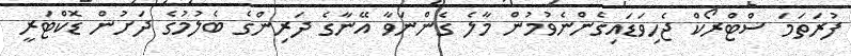
ފުރަތަމަ ސްޓްރޯކް ޖެހިވަޑައިގެންނެވުމުން މާލެ ގެންނަވާ އޭނާގެ ދަރިންގެ ބެލުމުގެ ދަށުން ޑޮކްޓަރީ